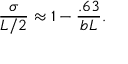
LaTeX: \frac { \sigma } { L / 2 } \approx 1 - \frac { . 6 3 } { b L } .